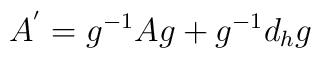
A^{'} = g^{-1} A g + g^{-1} d_{h}g